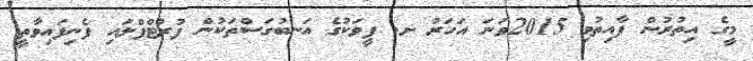
މީގެ އިތުރުން ފާއިތުވި 2015ވަނަ އަހަރު ށ. ފީވަކުގެ އަނބުގަސްތަކުން ފުރުޓްފްލައި ފެނިފައިވާތީ